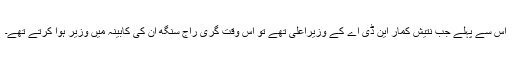
اس سے پہلے جب نتیش کمار این ڈی اے کے وزیراعلیٰ تھے تو اس وقت گری راج سنگھ ان کی کابینہ میں وزیر ہوا کرتے تھے۔